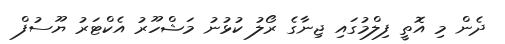
ދެން މި އޮތީ ފިލްމުގައި ޖިނާގެ ރޯލު ކުޅުނު މަޝްހޫރު އެކްޓަރު ޔޫސުފް